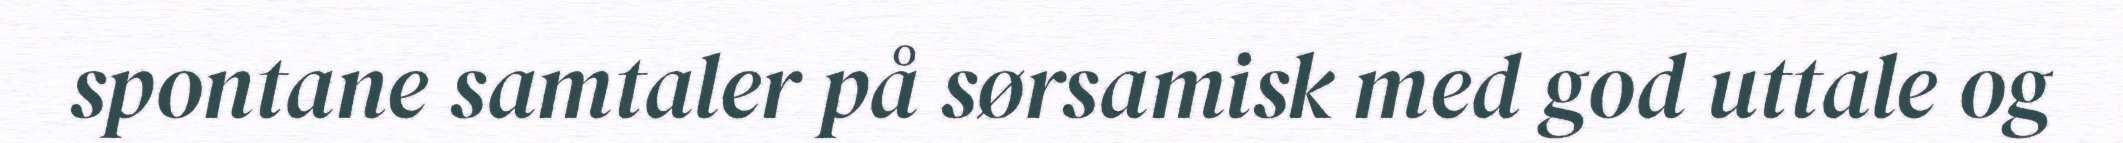
spontane samtaler på sørsamisk med god uttale og